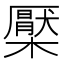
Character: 檿